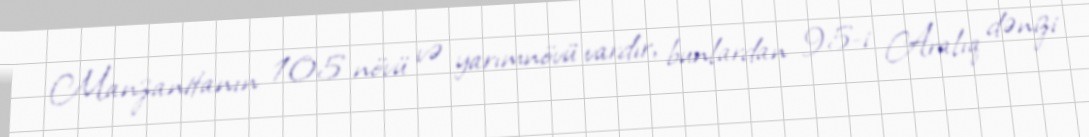
Manzanitanın 105 növü və yarımnövü vardır, bunlardan 95-i Aralıq dənizi